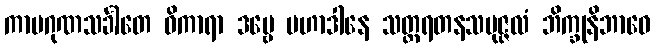
ကာမဂုဏသင်္ခါတေ ဝိကာရာ ဒဗ္ဗေ မဟာဒါနေ သတ္တရတနသမုဇ္ဇလံ ဘိက္ခုနိဘာဝေ